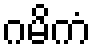
ဂမိကံ